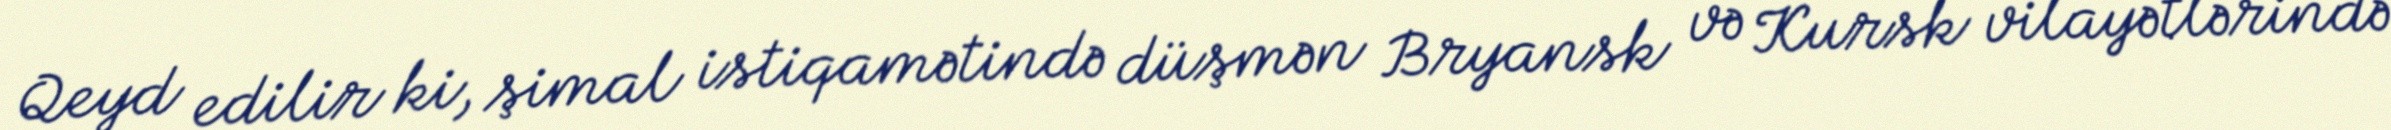
Qeyd edilir ki, şimal istiqamətində düşmən Bryansk və Kursk vilayətlərində